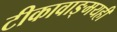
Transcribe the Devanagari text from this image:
टीकावाङ्‌मयही